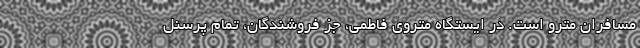
مسافران مترو است. در ایستگاه متروی فاطمی، جز فروشندگان، تمام پرسنل